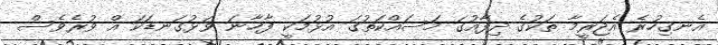
އެނގިހުރެ އެޖަރީމާ ތަކުގެ ދިފާއުގަ މަސައްކަތުގަ އުޅުމަކީ ފާޚާނަ ވަޅުގަނޑަކަ އް ވުރެވެސް